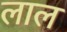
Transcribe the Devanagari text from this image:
लाल